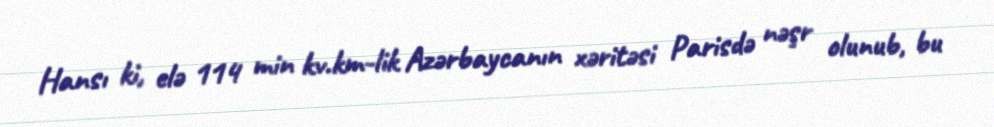
Hansı ki, elə 114 min kv.km-lik Azərbaycanın xəritəsi Parisdə nəşr olunub, bu